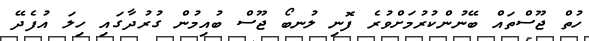
ހުތް ޖޫސްތައް ބޭނުންކުރުމަށްވުރެ ފޮނި ލުނބޯ ޖޫސް ބުއިމުން ގުރުދާގައި ހިލަ އުފެދޭ